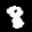
Label: 8